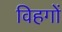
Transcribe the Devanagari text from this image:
विहगों